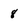
Character: 8